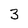
Character: 3